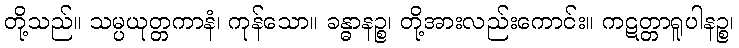
တို့သည်။ သမ္ပယုတ္တကာနံ၊ ကုန်သော။ ခန္ဓာနဉ္စ၊ တို့အားလည်းကောင်း။ ကဋတ္တာရူပါနဉ္စ၊